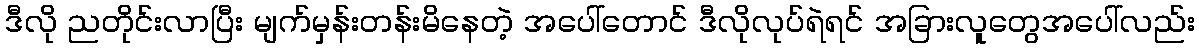
ဒီလို ညတိုင်းလာပြီး မျက်မှန်းတန်းမိနေတဲ့ အပေါ်တောင် ဒီလိုလုပ်ရဲရင် အခြားလူတွေအပေါ်လည်း